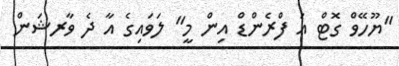
"ޔޫހޭވް ގޮޓް އަ ފްރެންޑް އިން މީ" ލަވައިގެ އާ ދެ ވާރޝަން